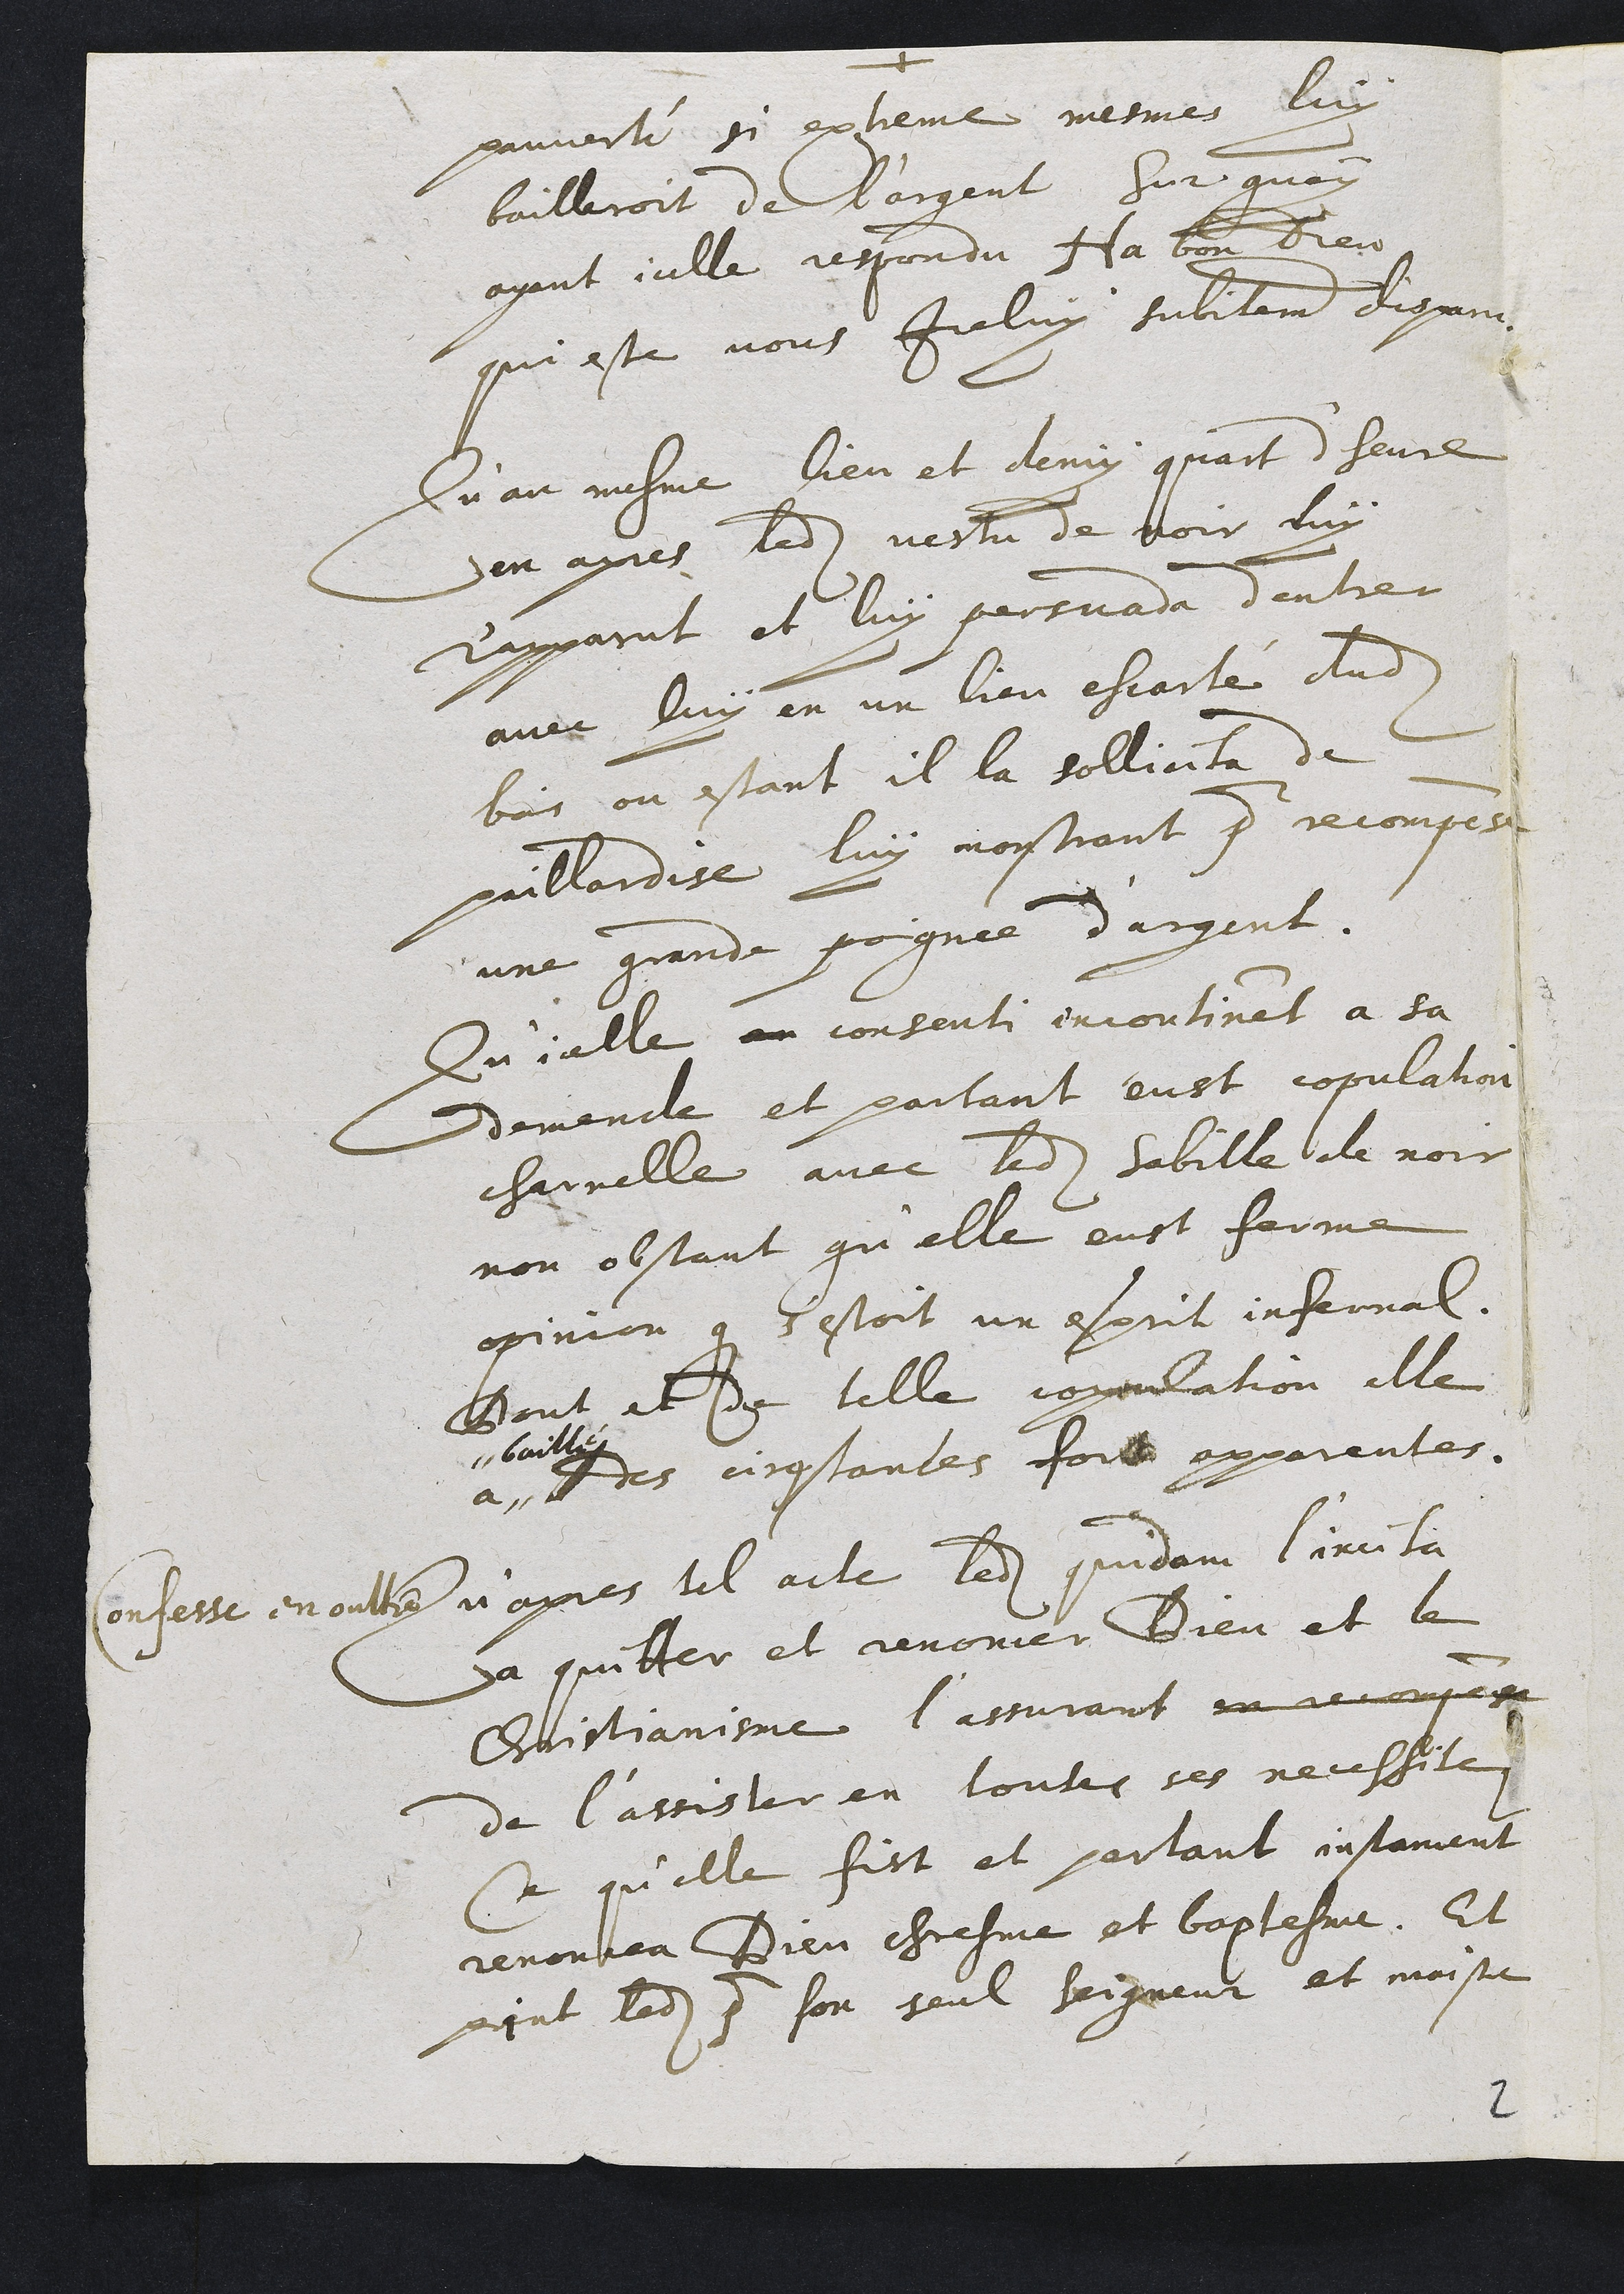
pauvorté si exheme mesmes luy
bailleroit de l’argent sur quoy
ayant iclle respondu Ja bon Dieu
qui este vous Iceluy subilement dixann-
Qu au mesme lieu et demy quant dheure
en ayres ledit vestu de noir luy
rapparut et luy persuade dentrer
avec luy en un lieu escarlé dudit
bois ou estant il la sollicita de
gaillardise luy noistant pour recompee
une grande poignée d’argent.
Quialle en consenti encontinet a sa
demende et partant eust copulation
charnelle avec ledit sabille de noir
non obstant qu’elle eust ferme
opinion que s’estoit un esprit infernal.
Bont et de telle joyulation elle
a
baillez
des cirostantes foit apparentes.
Confesse en oultre n’apres tel acte ledit quidam l’incita
à quilter et renonier Dieu et le
Eistiamgme l’assurant in recoupege
de l’assisler en touts ses neuffite
Se qu’elle fist et partant instament
renonben Dieu chresme et baptesme. Et
int ledit  son seul Seigneur et moistre